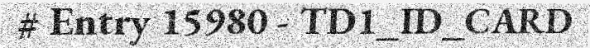
# Entry 15980 - TD1_ID_CARD